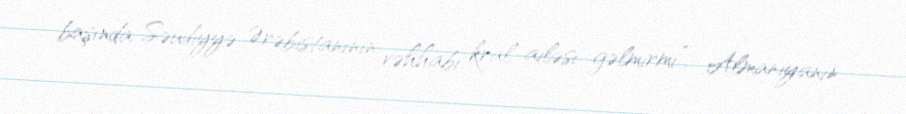
başında Səudiyyə Ərəbistanının vəhhabi kral ailəsi gəlmirmi”,- Almaniyanın